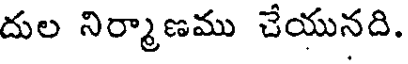
దుల నిర్మాణము చేయునది.